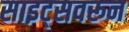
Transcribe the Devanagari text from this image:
साइट्सवरून